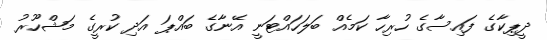
ދީޕިކާގެ ފައިސާގެ ހުރިހާ ކަމެއް ބަލަހައްޓަނީ އޭނާގެ ބައްޕަ އަދި ކުރީގެ މަޝްހޫރު